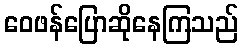
ဝေဖန်ပြောဆိုနေကြသည်